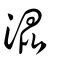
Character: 混